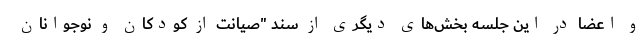
و اعضا در این جلسه بخش‌های دیگری از سند "صیانت از کودکان و نوجوانان